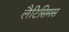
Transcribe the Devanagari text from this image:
लैटिसिमस